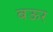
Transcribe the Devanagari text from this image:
बऊर